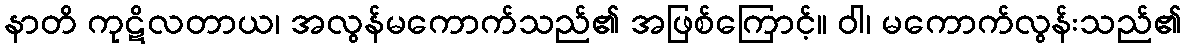
နာတိ ကုဋိလတာယ၊ အလွန်မကောက်သည်၏ အဖြစ်ကြောင့်။ ဝါ၊ မကောက်လွန်းသည်၏